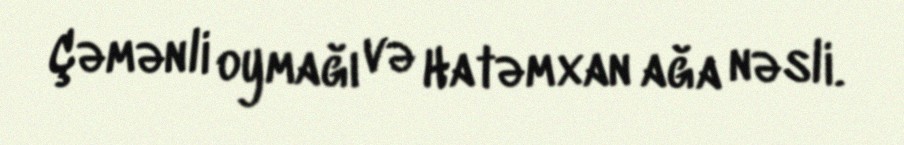
Çəmənli oymağı və Hatəmxan ağa nəsli.